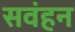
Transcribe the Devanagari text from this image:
सवंहन